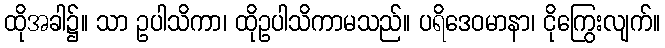
ထိုအခါ၌။ သာ ဥပါသိကာ၊ ထိုဥပါသိကာမသည်။ ပရိဒေဝမာနာ၊ ငိုကြွေးလျက်။